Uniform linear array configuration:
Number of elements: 4
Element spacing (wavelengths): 0.5
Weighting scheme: exponential
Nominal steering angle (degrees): -30
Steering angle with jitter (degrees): -28.378
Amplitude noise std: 0.05
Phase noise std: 0.05

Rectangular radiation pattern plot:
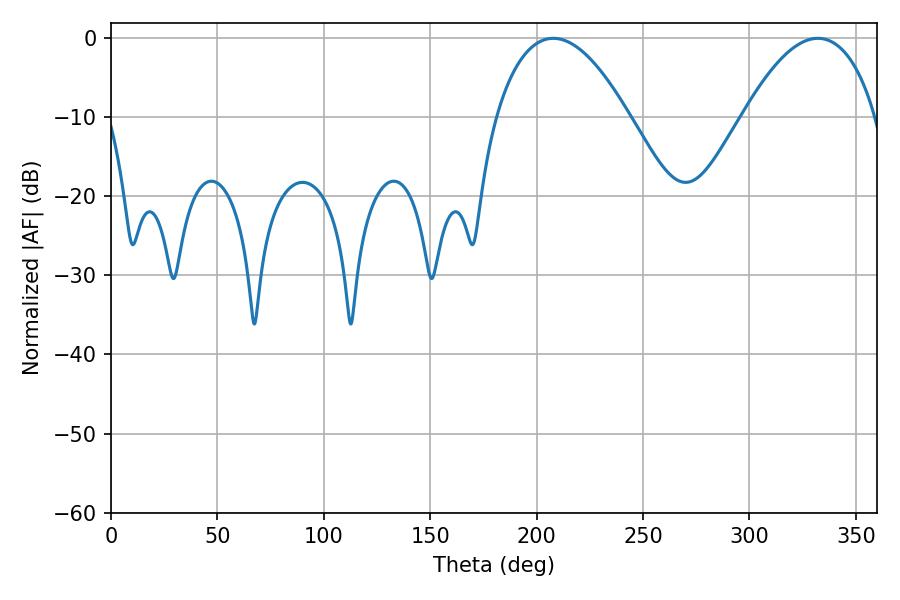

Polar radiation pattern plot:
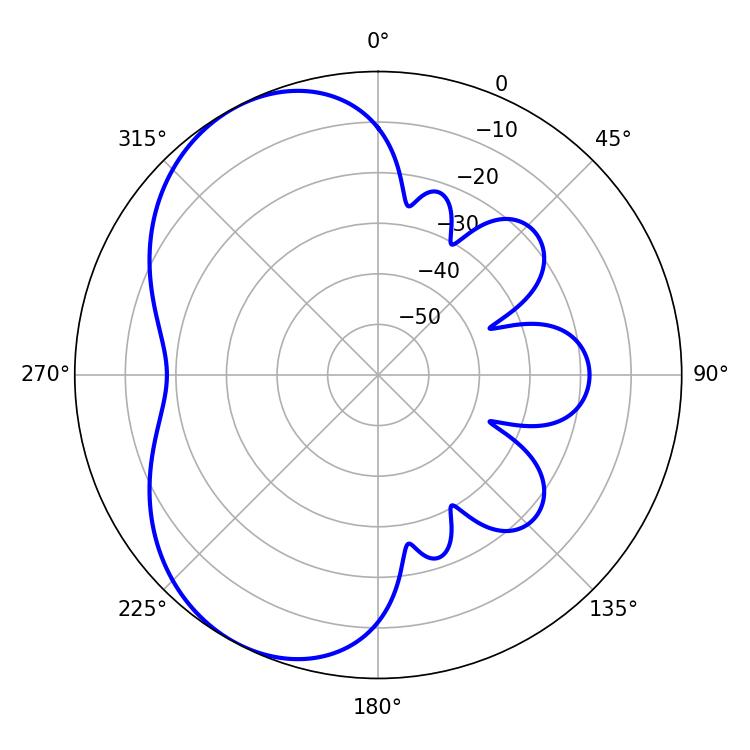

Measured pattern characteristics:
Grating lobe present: FALSE
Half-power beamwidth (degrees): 34.56
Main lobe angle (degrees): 207.9